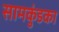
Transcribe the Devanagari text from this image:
सामकुंडका